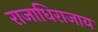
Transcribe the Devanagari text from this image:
राजाधिराजाय